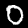
Digit: 0